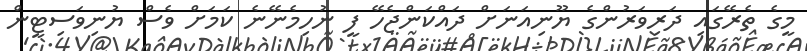
މީގެ ތެރޭގައި ދަރިވަރުންގެ ޔޫނިއަނަށް ދައްކަންޖެހޭ ފީ ނުހިމެނޭނެ ކަމަށް ވެސް ޔުނިވަސިޓީން